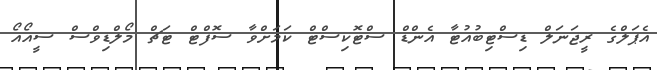
އެޕަލްގެ ރީޖަނަލް ޑިސްޓިބުއުޓާ އެންޑް ސްޓޮކިސްޓް ކަމަށްވާ ސޮފްޓް ޓަޗް މޯލްޑިވްސް ސީއޯއޯ